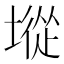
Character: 㙡